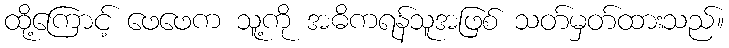
ထို့ကြောင့် ဖေဖေက သူ့ကို အဓိကရန်သူအဖြစ် သတ်မှတ်ထားသည်။